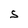
Character: S